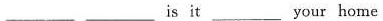
___ is it___ your home